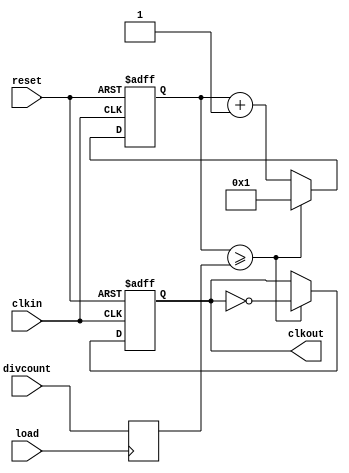
// cal_ddsdivide.v

module cal_ddsdivide(
                     reset,     //
                     clkin,     //
                     load,      //
                     divcount,  //
                     clkout     //
                    );

input reset;
input clkin;
input load;
input [5:0] divcount;

output clkout;

reg    clkout;
reg    [5:0] count;
reg    [5:0] datainreg;

always @ (posedge load)
   begin
         datainreg <= divcount;
   end

always @ (posedge reset or posedge clkin)
   begin
         if(reset)
             begin
                   count <= 1;
                   clkout <= 0;
             end

         else 
             begin
                   if(count >= datainreg)
                         begin
                               count <= 1;
                               clkout <= ~clkout;
                         end        
                   else
                         begin
                               count <= count+1;
                         end
             end 
   end

endmodule